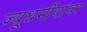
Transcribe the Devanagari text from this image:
ज्यूधर्मीयांवर